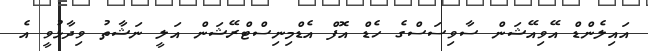
އައިލެންޑް އޭވިއޭޝަން ސާވިސަސްގެ ހެޑް އޮފް އެޑްމިނިސްޓްރޭޝަން އަލީ ނަޝާތު ވިދާޅުވީ އެ